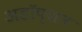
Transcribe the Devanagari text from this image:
अडॉप्शन